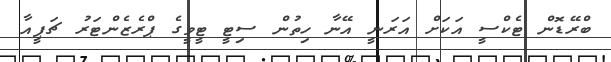
ބްރޭޑޮން ޓެކްސީ އަކަށް އަރަނީ އޭނާ ހިތުން ސިޓީ ޓީވީގެ ޕްރެޒެންޓަރު ޗަޕީއާ